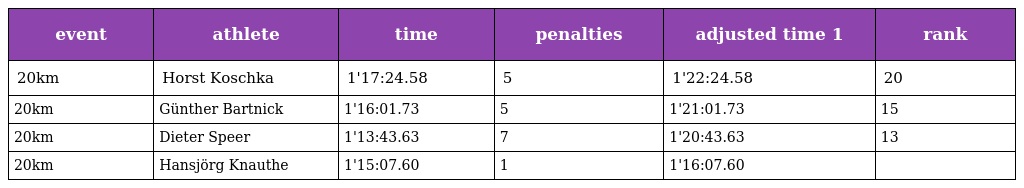
| event | athlete | time | penalties | adjusted time 1 | rank |
 | --- | --- | --- | --- | --- | --- |
 | 20km | Horst Koschka | 1'17:24.58 | 5 | 1'22:24.58 | 20 |
 | 20km | Günther Bartnick | 1'16:01.73 | 5 | 1'21:01.73 | 15 |
 | 20km | Dieter Speer | 1'13:43.63 | 7 | 1'20:43.63 | 13 |
 | 20km | Hansjörg Knauthe | 1'15:07.60 | 1 | 1'16:07.60 |  |